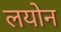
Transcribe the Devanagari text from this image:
लयोन